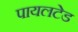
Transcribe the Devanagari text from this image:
पायलटेड